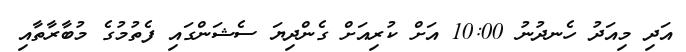
އަދި މިއަދު ހެނދުނު 10:00 އަށް ކުރިއަށް ގެންދިޔަ ސެޝަންގައި ފެތުމުގެ މުބާރާތާއި